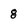
Character: 8